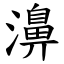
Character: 濞